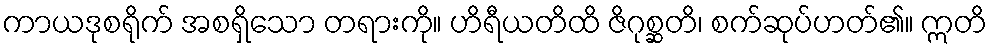
ကာယဒုစရိုက် အစရှိသော တရားကို။ ဟိရီယတိထိ ဇိဂုစ္ဆတိ၊ စက်ဆုပ်ဟတ်၏။ ဣတိ